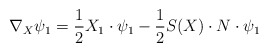
\begin{align*}\nabla_X\psi_1=\frac{1}{2}X_1\cdot\psi_1-\frac{1}{2}S(X)\cdot N\cdot\psi_1\end{align*}